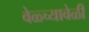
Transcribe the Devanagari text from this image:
वेळ्च्यावेळी